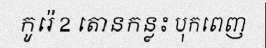
កូរ៉េ 2 តោនកន្លះ បុកពេញ